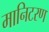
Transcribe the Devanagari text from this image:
मानिटरण